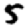
Digit: 5